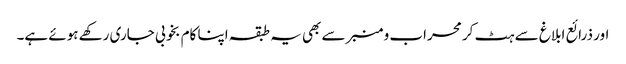
اور ذرائع ابلاغ سے ہٹ کر محراب و منبر سے بھی یہ طبقہ اپنا کام بخوبی جاری رکھے ہوئے ہے۔